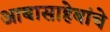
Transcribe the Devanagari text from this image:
आबासाहेबांचे